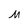
Character: M